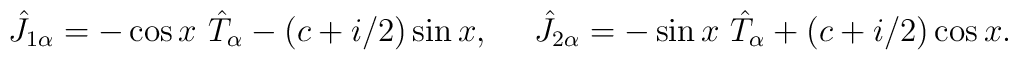
\hat{J}_{1\alpha}=-\cos x~ \hat{T}_\alpha -(c+i/2)\sin x,~~~~\hat{J}_{2\alpha}=-\sin x~ \hat{T}_\alpha +(c+i/2)\cos x.